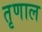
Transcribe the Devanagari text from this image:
तृणाल